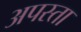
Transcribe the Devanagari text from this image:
अपस्ता